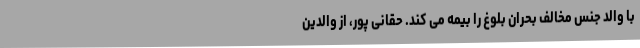
با والد جنس مخالف بحران بلوغ را بیمه می کند. حقانی پور، از والدین